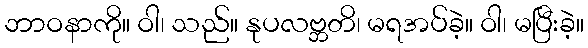
ဘာဝနာကို။ ဝါ၊ သည်။ နုပလဗ္ဘတိ၊ မရအပ်ခဲ့။ ဝါ၊ မပြီးခဲ့။